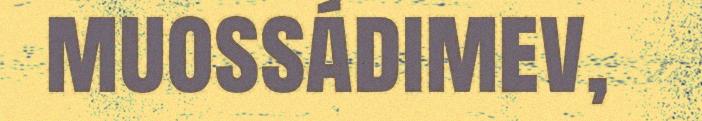
muossádimev,